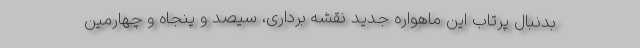
بدنبال پرتاب این ماهواره جدید نقشه برداری، سیصد و پنجاه و چهارمین